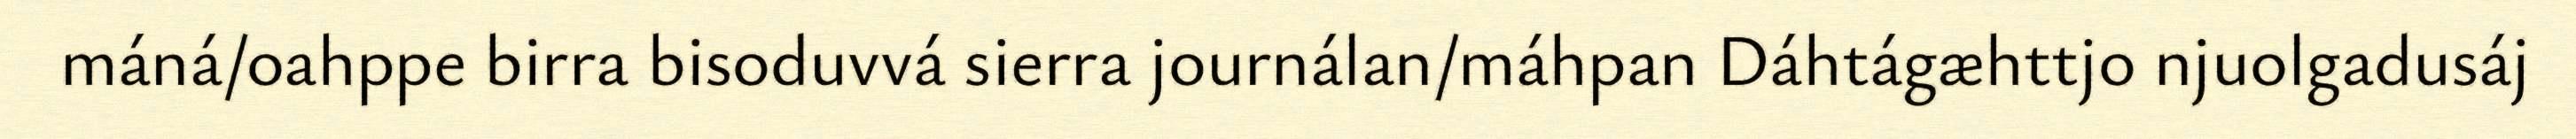
máná/oahppe birra bisoduvvá sierra journálan/máhpan Dáhtágæhttjo njuolgadusáj